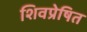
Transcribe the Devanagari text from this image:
शिवप्रेषित